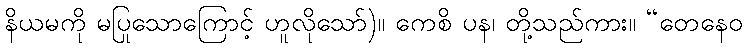
နိယမကို မပြုသောကြောင့် ဟူလိုသော်)။ ကေစိ ပန၊ တို့သည်ကား။ “တေနေဝ